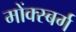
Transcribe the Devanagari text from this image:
मोंक्स्बर्ग